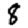
Digit: 8